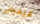
فيفيان